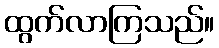
ထွက်လာကြသည်။